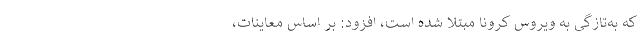
که به‌تازگی به ویروس کرونا مبتلا شده است، افزود: بر اساس معاینات،